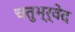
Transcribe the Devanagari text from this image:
चतुभ्र्वेद